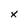
Character: X